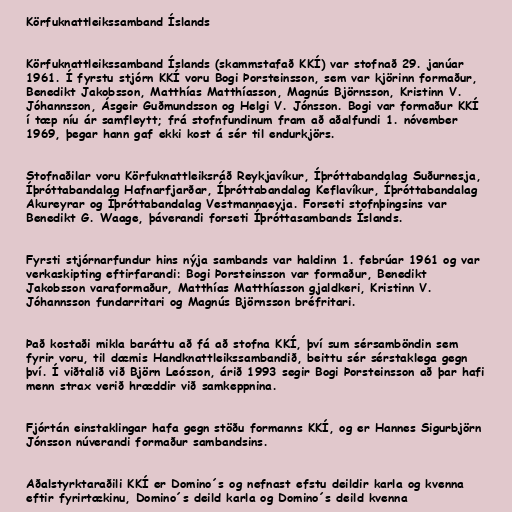
Körfuknattleikssamband Íslands

Körfuknattleikssamband Íslands (skammstafað KKÍ) var stofnað 29. janúar
1961. Í fyrstu stjórn KKÍ voru Bogi Þorsteinsson, sem var kjörinn formaður,
Benedikt Jakobsson, Matthías Matthíasson, Magnús Björnsson, Kristinn V.
Jóhannsson, Ásgeir Guðmundsson og Helgi V. Jónsson. Bogi var formaður KKÍ
í tæp níu ár samfleytt; frá stofnfundinum fram að aðalfundi 1. nóvember
1969, þegar hann gaf ekki kost á sér til endurkjörs.

Stofnaðilar voru Körfuknattleiksráð Reykjavíkur, Íþróttabandalag Suðurnesja,
Íþróttabandalag Hafnarfjarðar, Íþróttabandalag Keflavíkur, Íþróttabandalag
Akureyrar og Íþróttabandalag Vestmannaeyja. Forseti stofnþingsins var
Benedikt G. Waage, þáverandi forseti Íþróttasambands Íslands.

Fyrsti stjórnarfundur hins nýja sambands var haldinn 1. febrúar 1961 og var
verkaskipting eftirfarandi: Bogi Þorsteinsson var formaður, Benedikt
Jakobsson varaformaður, Matthías Matthíasson gjaldkeri, Kristinn V.
Jóhannsson fundarritari og Magnús Björnsson bréfritari.

Það kostaði mikla baráttu að fá að stofna KKÍ, því sum sérsamböndin sem
fyrir voru, til dæmis Handknattleikssambandið, beittu sér sérstaklega gegn
því. Í viðtalið við Björn Leósson, árið 1993 segir Bogi Þorsteinsson að þar hafi
menn strax verið hræddir við samkeppnina.

Fjórtán einstaklingar hafa gegn stöðu formanns KKÍ, og er Hannes Sigurbjörn
Jónsson núverandi formaður sambandsins.

Aðalstyrktaraðili KKÍ er Domino´s og nefnast efstu deildir karla og kvenna
eftir fyrirtækinu, Domino´s deild karla og Domino´s deild kvenna